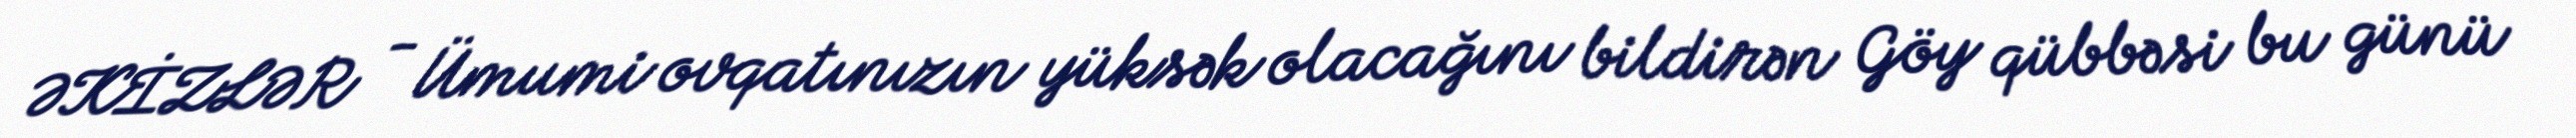
ƏKİZLƏR - Ümumi ovqatınızın yüksək olacağını bildirən Göy qübbəsi bu günü